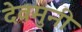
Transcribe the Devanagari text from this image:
देवमुनी